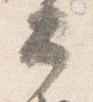
公